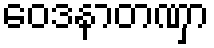
ဝေဒနာတဏှာ